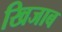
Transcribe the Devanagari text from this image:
खिजाब